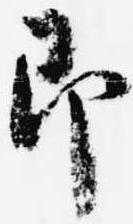
即